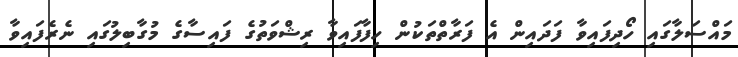
މައްސަލާގައި ހޯދިފައިވާ ފަދައިން އެ ފަރާތްތަކުން ހިފާފައިވާ ރިޝްވަތުގެ ފައިސާގެ މުގާބިލުގައި ނެރެފައިވާ